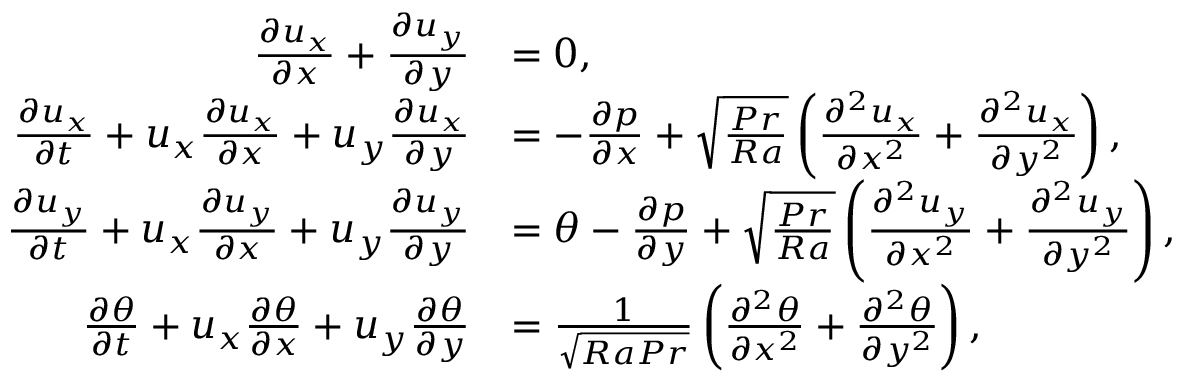
\begin{array} { r l } { \frac { \partial u _ { x } } { \partial x } + \frac { \partial u _ { y } } { \partial y } } & { = 0 , } \\ { \frac { \partial u _ { x } } { \partial t } + u _ { x } \frac { \partial u _ { x } } { \partial x } + u _ { y } \frac { \partial u _ { x } } { \partial y } } & { = - \frac { \partial p } { \partial x } + \sqrt { \frac { P r } { R a } } \left( \frac { \partial ^ { 2 } u _ { x } } { \partial x ^ { 2 } } + \frac { \partial ^ { 2 } u _ { x } } { \partial y ^ { 2 } } \right) , } \\ { \frac { \partial u _ { y } } { \partial t } + u _ { x } \frac { \partial u _ { y } } { \partial x } + u _ { y } \frac { \partial u _ { y } } { \partial y } } & { = \theta - \frac { \partial p } { \partial y } + \sqrt { \frac { P r } { R a } } \left( \frac { \partial ^ { 2 } u _ { y } } { \partial x ^ { 2 } } + \frac { \partial ^ { 2 } u _ { y } } { \partial y ^ { 2 } } \right) , } \\ { \frac { \partial \theta } { \partial t } + u _ { x } \frac { \partial \theta } { \partial x } + u _ { y } \frac { \partial \theta } { \partial y } } & { = \frac { 1 } { \sqrt { R a P r } } \left( \frac { \partial ^ { 2 } \theta } { \partial x ^ { 2 } } + \frac { \partial ^ { 2 } \theta } { \partial y ^ { 2 } } \right) , } \end{array}